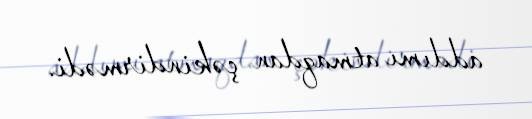
addımı atmaqdan çəkindirmədi.